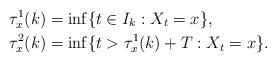
LaTeX: \begin{align*}\tau^1_x(k)&=\inf \{t\in I_k: X_t=x\},\\\tau^2_x(k)&=\inf \{t>\tau^1_x(k)+T: X_t=x\}.\end{align*}